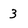
Character: 3